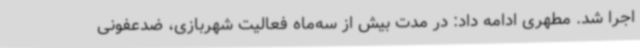
اجرا شد. مطهری ادامه داد: در مدت بیش از سه‌ماه فعالیت شهربازی، ضدعفونی